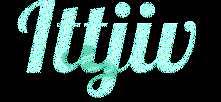
Ittjiv